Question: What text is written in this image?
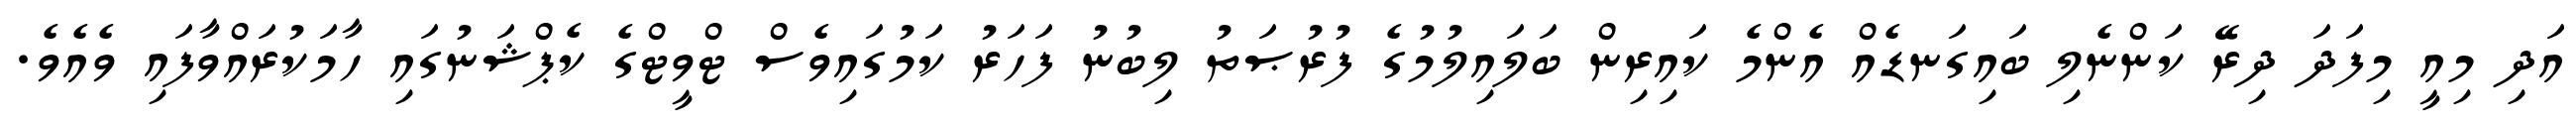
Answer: އަދި މިއީ މިފަދަ ދިރޭ ކަންނެލި ބައިގަނޑެއް އެންމެ ކައިރިން ބަލައިލުމުގެ ފުރުޞަތު ލިބުނު ފަހަރު ކަމުގައިވެސް ޓްވީޓްގެ ކެޕްޝަނުގައި ހާމަކުރައްވާފައި ވެއެވެ.